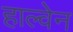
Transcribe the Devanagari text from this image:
हाल्वेन